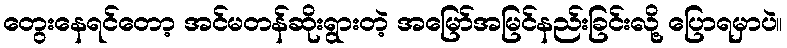
တွေးနေရင်တော့ အင်မတန်ဆိုးရွားတဲ့ အမြော်အမြင်နည်းခြင်းလို့ ပြောရမှာပဲ။